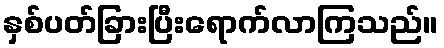
နှစ်ပတ်ခြားပြီးရောက်လာကြသည်။